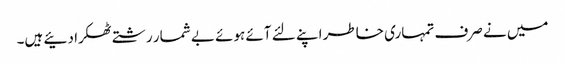
میں نے صرف تمہاری خاطر اپنے لئے آئے ہوئے بے شمار رشتے ٹھکرا دئیے ہیں۔